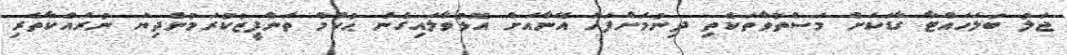
ޖަލު ބަލަހައްޓާ ގާޑަކަށް މަސްތުވާތަކެތި ދިނުމަށްފަހު އޭނާއަށް އޮޅުވާލައިގެން ޙުކުމް ތަންފީޒުކުރަމުންދިޔަ ނުރައްކާތެރި